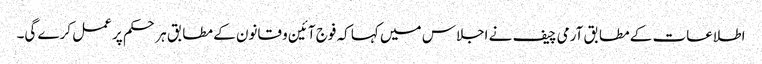
اطلاعات کے مطابق آرمی چیف نے اجلاس میں کہا کہ فوج آئین و قانون کے مطابق ہر حکم پر عمل کرے گی۔